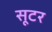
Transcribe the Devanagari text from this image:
सूटर